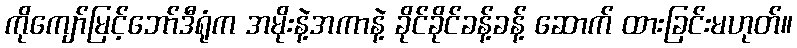
ကိုကျော်မြင့်ဘော်ဒီရုံက အမိုးနဲ့အကာနဲ့ ခိုင်ခိုင်ခန့်ခန့် ဆောက် ထားခြင်းမဟုတ်။